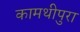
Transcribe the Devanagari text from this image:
कामथीपुरा